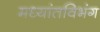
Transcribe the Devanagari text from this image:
मध्यांतविभंग